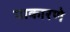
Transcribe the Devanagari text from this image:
याकारणे